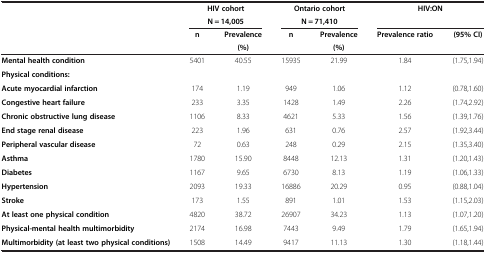
<table><thead><tr><td><b> </b></td><td colspan="2"><b>HIV cohort</b></td><td colspan="2"><b>Ontario cohort</b></td><td colspan="2"><b>HIV:ON</b></td></tr><tr><td><b> </b></td><td colspan="2"><b>N = 14,005</b></td><td colspan="2"><b>N = 71,410</b></td><td><b> </b></td><td><b> </b></td></tr><tr><td><b> </b></td><td><b>n</b></td><td><b>Prevalence</b></td><td><b>n</b></td><td><b>Prevalence</b></td><td><b>Prevalence ratio</b></td><td><b>(95% CI)</b></td></tr><tr><td><b> </b></td><td><b> </b></td><td><b>(%)</b></td><td><b> </b></td><td><b>(%)</b></td><td><b> </b></td><td><b> </b></td></tr></thead><tbody><tr><td><b>Mental health condition</b></td><td>5401</td><td>40.55</td><td>15935</td><td>21.99</td><td>1.84</td><td>(1.75,1.94)</td></tr><tr><td><b>Physical conditions:</b></td><td> </td><td> </td><td> </td><td> </td><td> </td><td> </td></tr><tr><td><b>Acute myocardial infarction</b></td><td>174</td><td>1.19</td><td>949</td><td>1.06</td><td>1.12</td><td>(0.78,1.60)</td></tr><tr><td><b>Congestive heart failure</b></td><td>233</td><td>3.35</td><td>1428</td><td>1.49</td><td>2.26</td><td>(1.74,2.92)</td></tr><tr><td><b>Chronic obstructive lung disease</b></td><td>1106</td><td>8.33</td><td>4621</td><td>5.33</td><td>1.56</td><td>(1.39,1.76)</td></tr><tr><td><b>End stage renal disease</b></td><td>223</td><td>1.96</td><td>631</td><td>0.76</td><td>2.57</td><td>(1.92,3.44)</td></tr><tr><td><b>Peripheral vascular disease</b></td><td>72</td><td>0.63</td><td>248</td><td>0.29</td><td>2.15</td><td>(1.35,3.40)</td></tr><tr><td><b>Asthma</b></td><td>1780</td><td>15.90</td><td>8448</td><td>12.13</td><td>1.31</td><td>(1.20,1.43)</td></tr><tr><td><b>Diabetes</b></td><td>1167</td><td>9.65</td><td>6730</td><td>8.13</td><td>1.19</td><td>(1.06,1.33)</td></tr><tr><td><b>Hypertension</b></td><td>2093</td><td>19.33</td><td>16886</td><td>20.29</td><td>0.95</td><td>(0.88,1.04)</td></tr><tr><td><b>Stroke</b></td><td>173</td><td>1.55</td><td>891</td><td>1.01</td><td>1.53</td><td>(1.15,2.03)</td></tr><tr><td><b>At least one physical condition</b></td><td>4820</td><td>38.72</td><td>26907</td><td>34.23</td><td>1.13</td><td>(1.07,1.20)</td></tr><tr><td><b>Physical-mental health multimorbidity</b></td><td>2174</td><td>16.98</td><td>7443</td><td>9.49</td><td>1.79</td><td>(1.65,1.94)</td></tr><tr><td><b>Multimorbidity (at least two physical conditions)</b></td><td>1508</td><td>14.49</td><td>9417</td><td>11.13</td><td>1.30</td><td>(1.18,1.44)</td></tr></tbody></table>